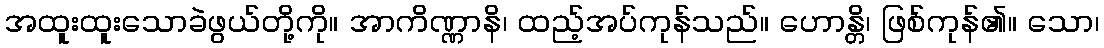
အထူးထူးသောခဲဖွယ်တို့ကို။ အာကိဏ္ဏာနိ၊ ထည့်အပ်ကုန်သည်။ ဟောန္တိ၊ ဖြစ်ကုန်၏။ သော၊